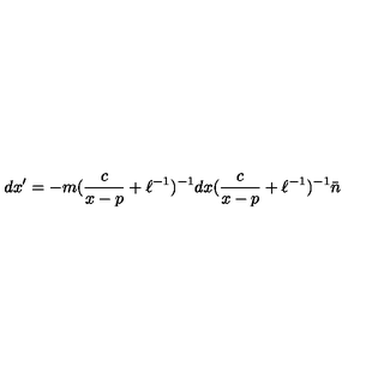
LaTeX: d x ^ { \prime } = - m ( \frac { c } { x - p } + \ell ^ { - 1 } ) ^ { - 1 } d x ( \frac { c } { x - p } + \ell ^ { - 1 } ) ^ { - 1 } \bar { n }